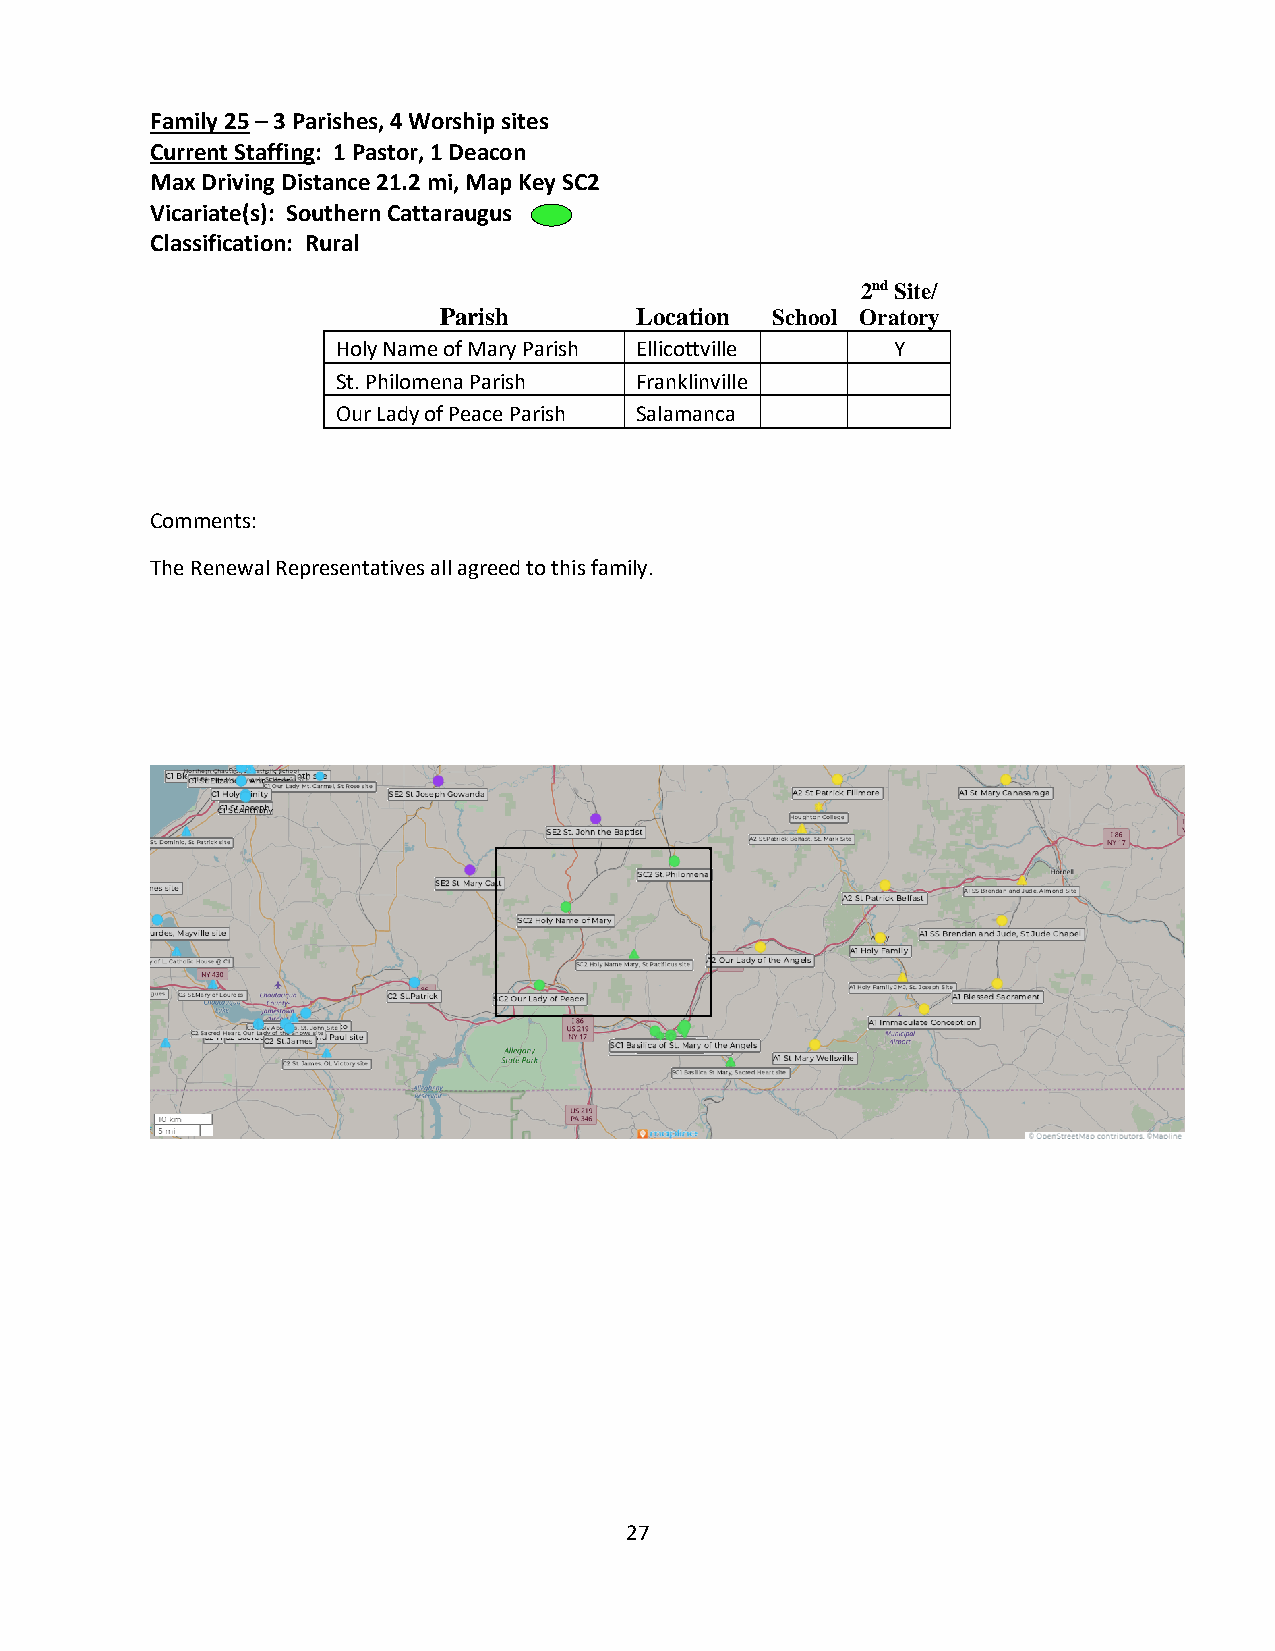
Family 25 – 3 Parishes, 4 Worship sites
 Current Staffing: 1 Pastor, 1 Deacon
 Max Driving Distance 21.2 mi, Map Key SC2
 Vicariate(s): Southern Cattaraugus
 Classification: Rural
 2nd Site/
 Parish       Location School Oratory
 Holy Name of Mary Parish Ellicottville Y
 St. Philomena Parish Franklinville
 Our Lady of Peace Parish Salamanca
 Comments:
 The Renewal Representatives all agreed to this family.
 27